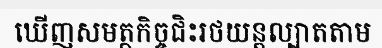
ឃើញសមត្ថកិច្ចជិះរថយន្តល្បាតតាម